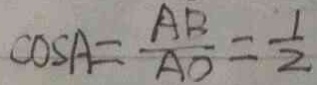
\cos A = \frac { A B } { A O } = \frac { 1 } { 2 }